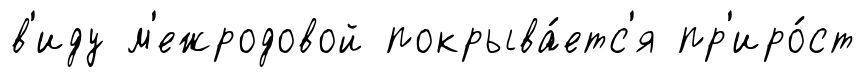
в'иду м'ежродовой покрыва́етс'я пр'иро́ст